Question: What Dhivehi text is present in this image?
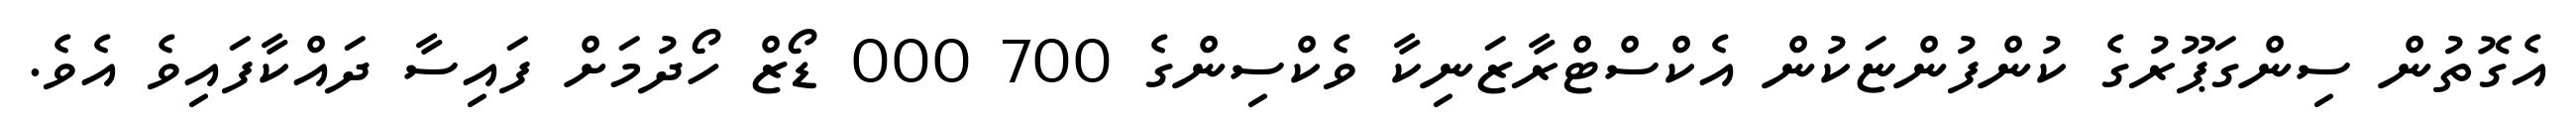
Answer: އެގޮތުން ސިންގަޕޫރުގެ ކުންފުންޏަކުން އެކްސްޓްރާޒަނިކާ ވެކްސިންގެ 700 000 ޑޯޒް ހޯދުމަށް ފައިސާ ދައްކާފައިވެ އެވެ.